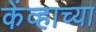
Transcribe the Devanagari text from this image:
केंव्हाच्या